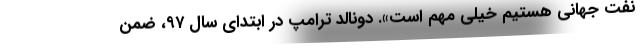
نفت جهانی هستیم خیلی مهم است». دونالد ترامپ در ابتدای سال ۹۷، ضمن